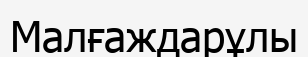
Малғаждарұлы